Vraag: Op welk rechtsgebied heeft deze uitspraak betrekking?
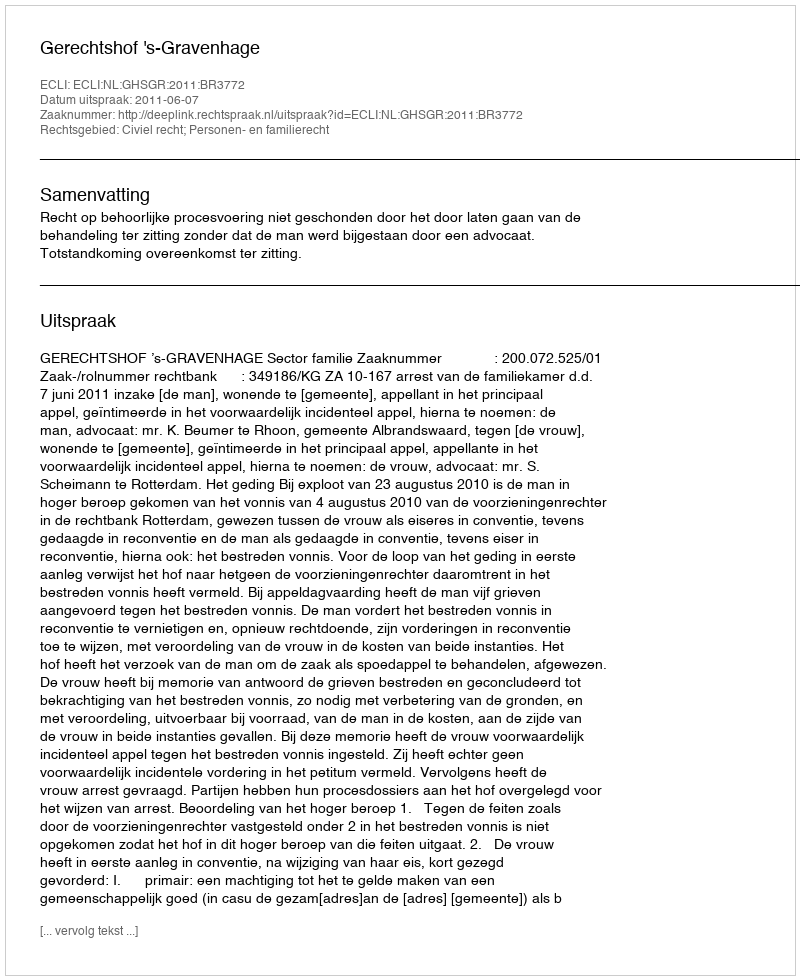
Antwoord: Civiel recht; Personen- en familierecht